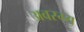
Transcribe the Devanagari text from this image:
अवस्ग्य